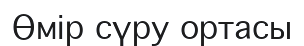
Өмір сүру ортасы